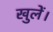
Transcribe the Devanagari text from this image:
खुलें।